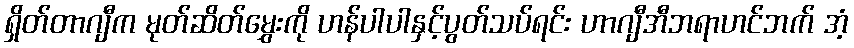
ရှိတ်တာဂျီက မုတ်ဆိတ်မွှေးကို ဟန်ပါပါနှင့်ပွတ်သပ်ရင်း ဟာဂျီအီဘရာဟင်ဘက် အံ့